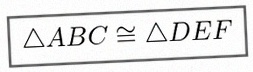
\triangle ABC\cong\triangle DEF